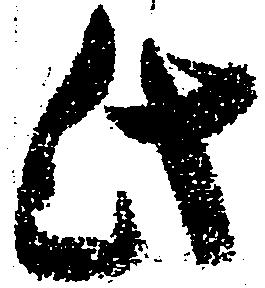
此